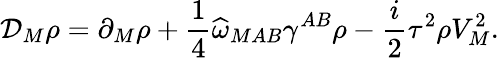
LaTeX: {\cal D}_{M}\rho=\partial_{M}\rho+\frac{1}{4}\widehat{\omega}_{MAB}\gamma^{AB}\rho-\frac{i}{2}\tau^{2}\rho V_{M}^{2}.